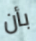
بأن